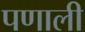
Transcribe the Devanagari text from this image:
पणाली